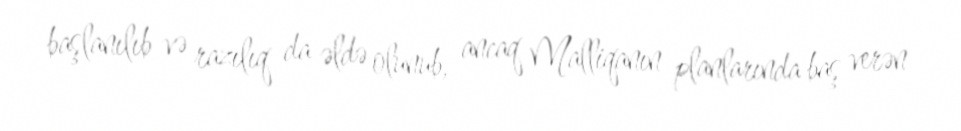
başlanılıb və razılıq da əldə olunub, ancaq Malliqanın planlarında baş verən